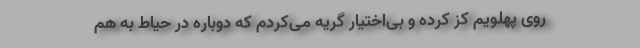
روی پهلویم کز کرده و بی‌اختیار گریه می‌کردم که دوباره در حیاط به هم